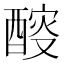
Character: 𨡻